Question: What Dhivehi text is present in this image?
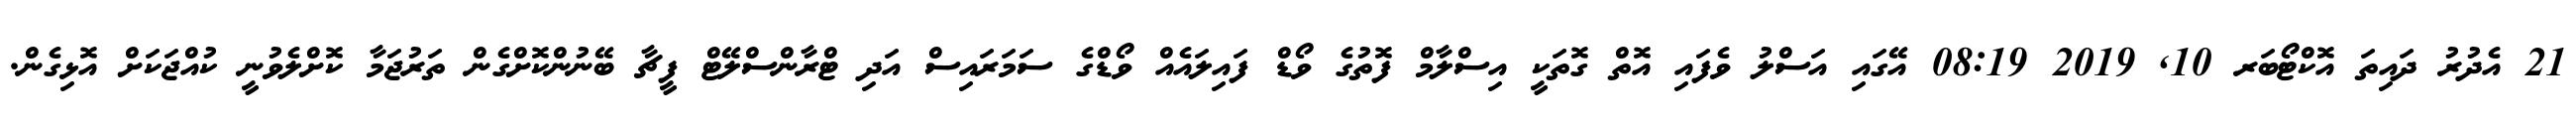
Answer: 21 އެދުރު ދައިތަ އޮކްޓޯބަރ 10, 2019 08:19 އޭގައި އަސްލު ވެފައި އޮތް ގޮތަކީ އިސްލާމް ފޮތުގެ ވޯޑް ފައިލައެއް ވޯޑްގެ ސަމަރައިސް އަދި ޓްރާންސްލޭޓް ފީޗާ ބޭނުންކޮށްގެން ތަރުޖަމާ ކޮށްލެވުނީ ކުއްޖަކަށް އޮޅިގެން.